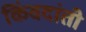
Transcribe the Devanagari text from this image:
किंवदांती